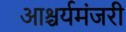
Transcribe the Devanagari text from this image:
आश्चर्यमंजरी